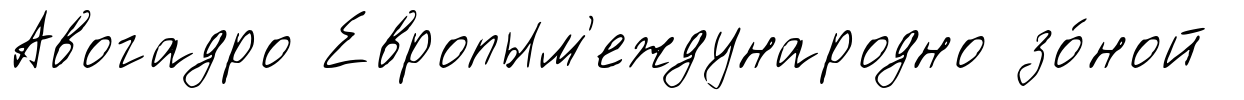
Авогадро Европым'еждународно зо́ной